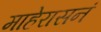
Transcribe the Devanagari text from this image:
माहेरासनं